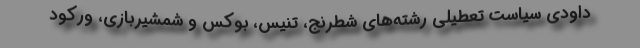
داودی سیاست تعطیلی رشته‌های شطرنج، تنیس، بوکس و شمشیربازی، ورکود